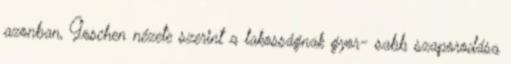
azonban, Goschen nézete szerint a lakosságnak gyor- sabb szaporodása